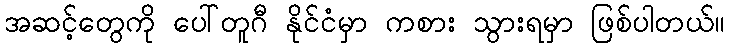
အဆင့်တွေကို ပေါ်တူဂီ နိုင်ငံမှာ ကစား သွားရမှာ ဖြစ်ပါတယ်။